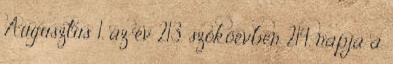
Augusztus 1. az év 213. szökőévben 214. napja a